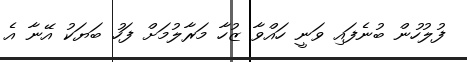
ފުލުހުން ބުނެފައި ވަނީ ހައްވާ ޒުހާ މަރާލުމަށް ފަހު ބަޔަކު އޭނާ އެ